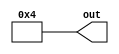
//Blake 11/29/12 Constant

//variable const
module vconst (out);
	parameter width=4;
	parameter value=4;
	output wire [width:0] out;

	assign out = value;
		
endmodule